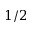
1 / 2